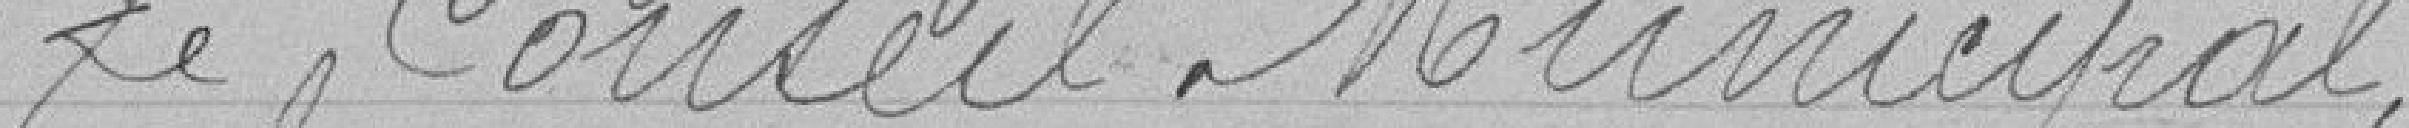
le Conseil Municipal,